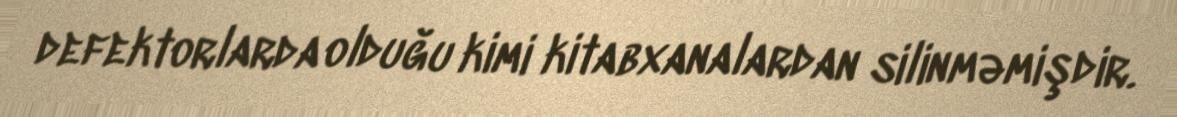
defektorlarda olduğu kimi kitabxanalardan silinməmişdir.